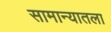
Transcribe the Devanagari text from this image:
सामान्यातला